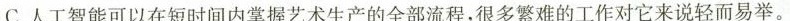
C.人工智能可以在短时间内掌握艺术生产的全部流程。很多繁难的工作对它来说轻而易举。